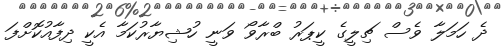
ދެ ހަމަލާ ވެސް ޗިލީގެ ކީޕަރު ބްރާވޯ ވަނީ ހުޝިޔާރުކަމާ އެކީ ދިފާއުކޮށްފަ